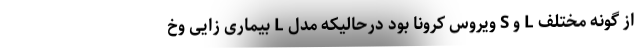
از گونه مختلف L و S ویروس کرونا بود درحالیکه مدل L بیماری زایی وخ